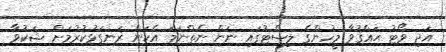
އަދި ވޯޓު ޙައްޤުވާ މީހުންގެ ލިސްޓުގައި ނަން ނެތްނަމަ އެކަން ރަނގަޅުކުރުމަށް ޝަކުވާ